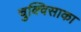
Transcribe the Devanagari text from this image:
चुक्विसाका